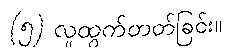
(၅) လူထွက်တတ်ခြင်း။